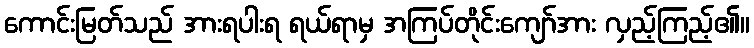
ကောင်းမြတ်သည် အားရပါးရ ရယ်ရာမှ အကြပ်တိုင်းကျော်အား လှည့်ကြည့်၏။